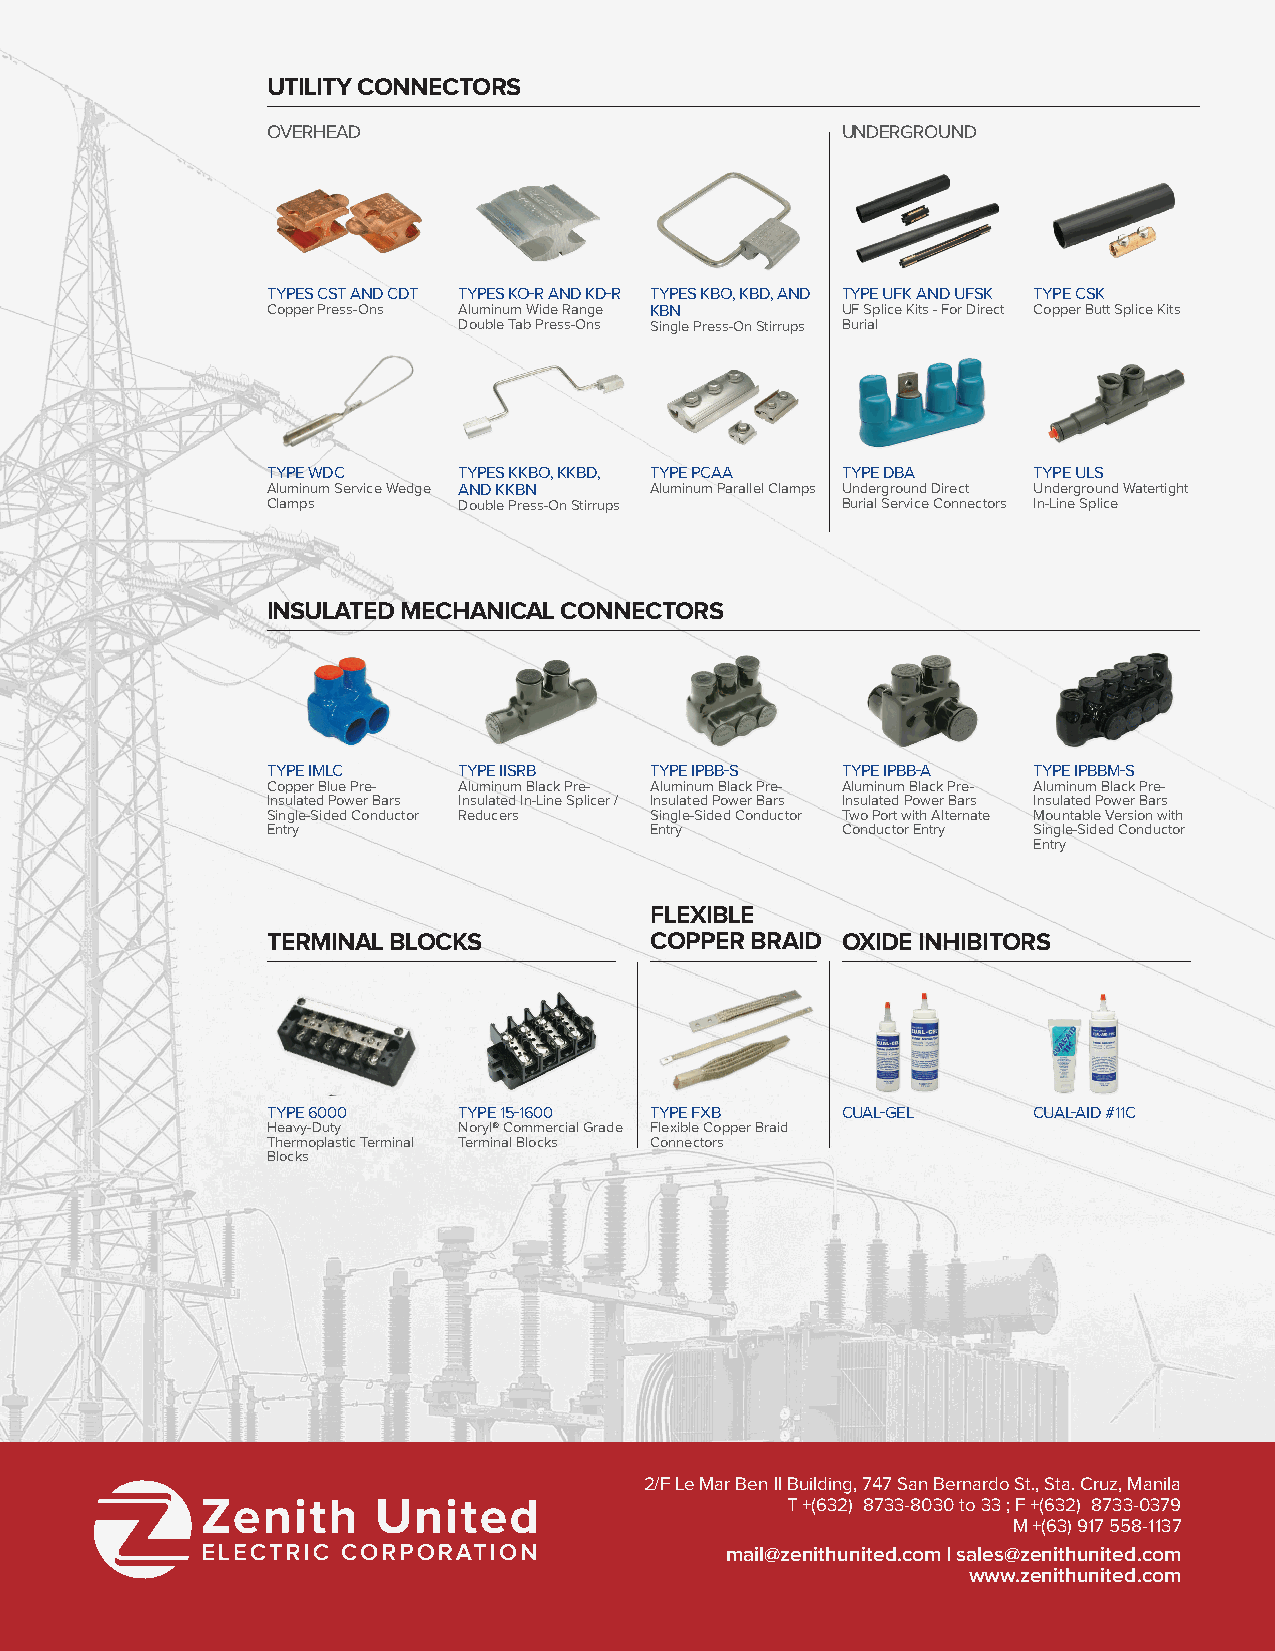
UTILITY CONNECTORS
 OVERHEAD                              UNDERGROUND
 TYPES CST AND CDT TYPES KO-R AND KD-R TYPES KBO, KBD, AND TYPE UFK AND UFSK TYPE CSK
 Copper Press-Ons Aluminum Wide Range KBN UF Splice Kits - For Direct Copper Butt Splice Kits
 Double Tab Press-Ons Single Press-On Stirrups Burial
 TYPE WDC    TYPES KKBO, KKBD, TYPE PCAA TYPE DBA  TYPE ULS
 Aluminum Service Wedge AND KKBN Aluminum Parallel Clamps Underground Direct Underground Watertight
 Clamps      Double Press-On Stirrups  Burial Service Connectors In-Line Splice
 INSULATED MECHANICAL CONNECTORS
 TYPE IMLC   TYPE IISRB   TYPE IPBB-S  TYPE IPBB-A TYPE IPBBM-S
 Copper Blue Pre- Aluminum Black Pre- Aluminum Black Pre- Aluminum Black Pre- Aluminum Black Pre-
 Insulated Power Bars Insulated In-Line Splicer / Insulated Power Bars Insulated Power Bars Insulated Power Bars
 Single-Sided Conductor Reducers Single-Sided Conductor Two Port with Alternate Mountable Version with
 Entry                    Entry        Conductor Entry Single-Sided Conductor
 Entry
 FLEXIBLE
 TERMINAL BLOCKS          COPPER BRAID OXIDE INHIBITORS
 TYPE 6000   TYPE 15-1600 TYPE FXB     CUAL-GEL    CUAL-AID #11C
 Heavy-Duty  Noryl® Commercial Grade Flexible Copper Braid
 Thermoplastic Terminal Terminal Blocks Connectors
 Blocks
 2/F Le Mar Ben II Building, 747 San Bernardo St., Sta. Cruz, Manila
 T +(632) 8733-8030 to 33 ; F +(632) 8733-0379
 M +(63) 917 558-1137
 mail@zenithunited.com | sales@zenithunited.com
 www.zenithunited.com